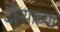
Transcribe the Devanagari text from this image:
दौऱ्याच्या